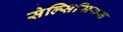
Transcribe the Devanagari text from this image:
सेल्सिसियस